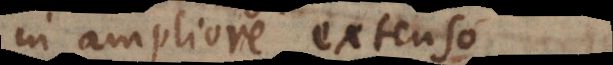
in ampliore extenso.